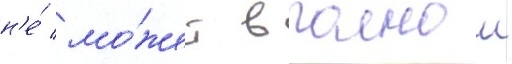
н'е́ мо́жет в полнои